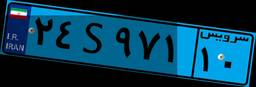
۵۸S۳۴۳۷۲